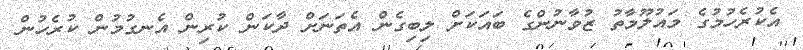
އެކުރެހުމުގެ މައުލޫމާތު ޒުވާނުންގެ ބައަކަށް ލިބިގެން އެތަނަށް ދާކަން ކުރިން އެނގުމުން ކުރެހުން